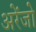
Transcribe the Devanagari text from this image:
अरेंजो